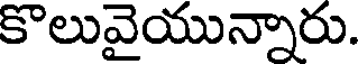
కొలువైయున్నారు.